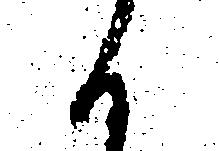
候